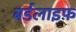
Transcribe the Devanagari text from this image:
बर्डलाइफ़